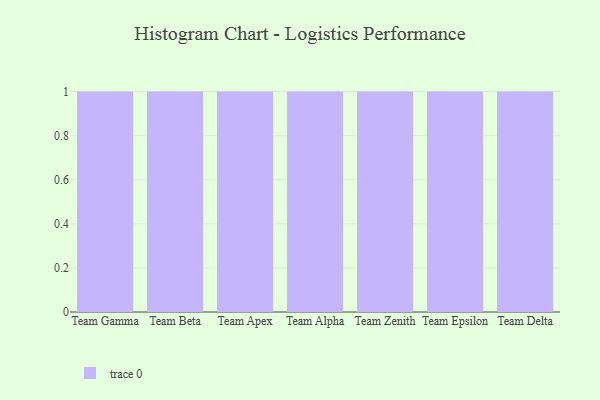
{"axis": {"x": "Team", "y": "Active Users"}, "legend": [""], "data": [{"x": "Team Gamma", "y": 28, "type": ""}, {"x": "Team Beta", "y": 34, "type": ""}, {"x": "Team Apex", "y": 100, "type": ""}, {"x": "Team Alpha", "y": 57, "type": ""}, {"x": "Team Zenith", "y": 50, "type": ""}, {"x": "Team Epsilon", "y": 89, "type": ""}, {"x": "Team Delta", "y": 80, "type": ""}]}